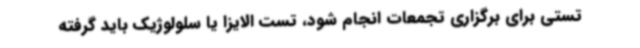
تستی برای برگزاری تجمعات انجام شود، تست الایزا یا سلولوژیک باید گرفته